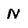
Character: N